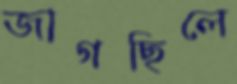
জাগছিলে